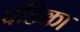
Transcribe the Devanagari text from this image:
पंडिका